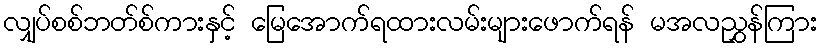
လျှပ်စစ်ဘတ်စ်ကားနှင့် မြေအောက်ရထားလမ်းများဖောက်ရန် မအလညွှန်ကြား